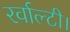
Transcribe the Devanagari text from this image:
रर्वाल्टी।